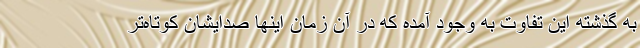
به گذشته این تفاوت به وجود آمده که در آن زمان اینها صدایشان کوتاه‌تر